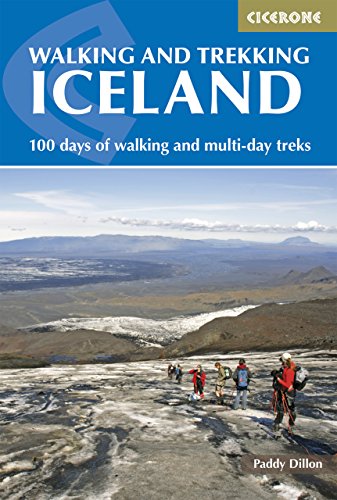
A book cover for Walking and Trekking in Iceland; Paddy Dillon; Travel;